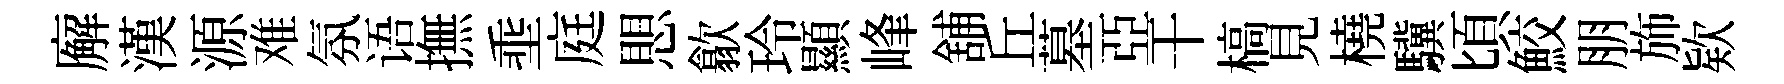
廨漢源难氛语撫埀庭愳歙玲顯峰舖丘墓亞干槁見橈驥頃鮫朋斾欵